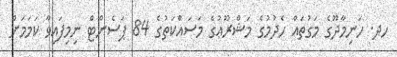
ހދ. ހަނިމާދޫގެ މަގުތައް ހެދުމުގެ މަޝްރޫޢުގެ މަސައްކަތުގެ 84 ޕަސެންޓް ނިމިފައިވާ ކަމަމަށް